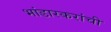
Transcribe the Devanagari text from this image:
भांडारकरांची